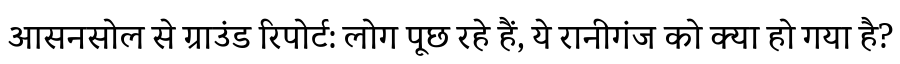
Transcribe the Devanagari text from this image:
आसनसोल से ग्राउंड रिपोर्ट: लोग पूछ रहे हैं, ये रानीगंज को क्या हो गया है?